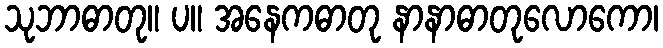
သုဘာဓာတု။ ပ။ အနေကဓာတု နာနာဓာတုလောကော၊